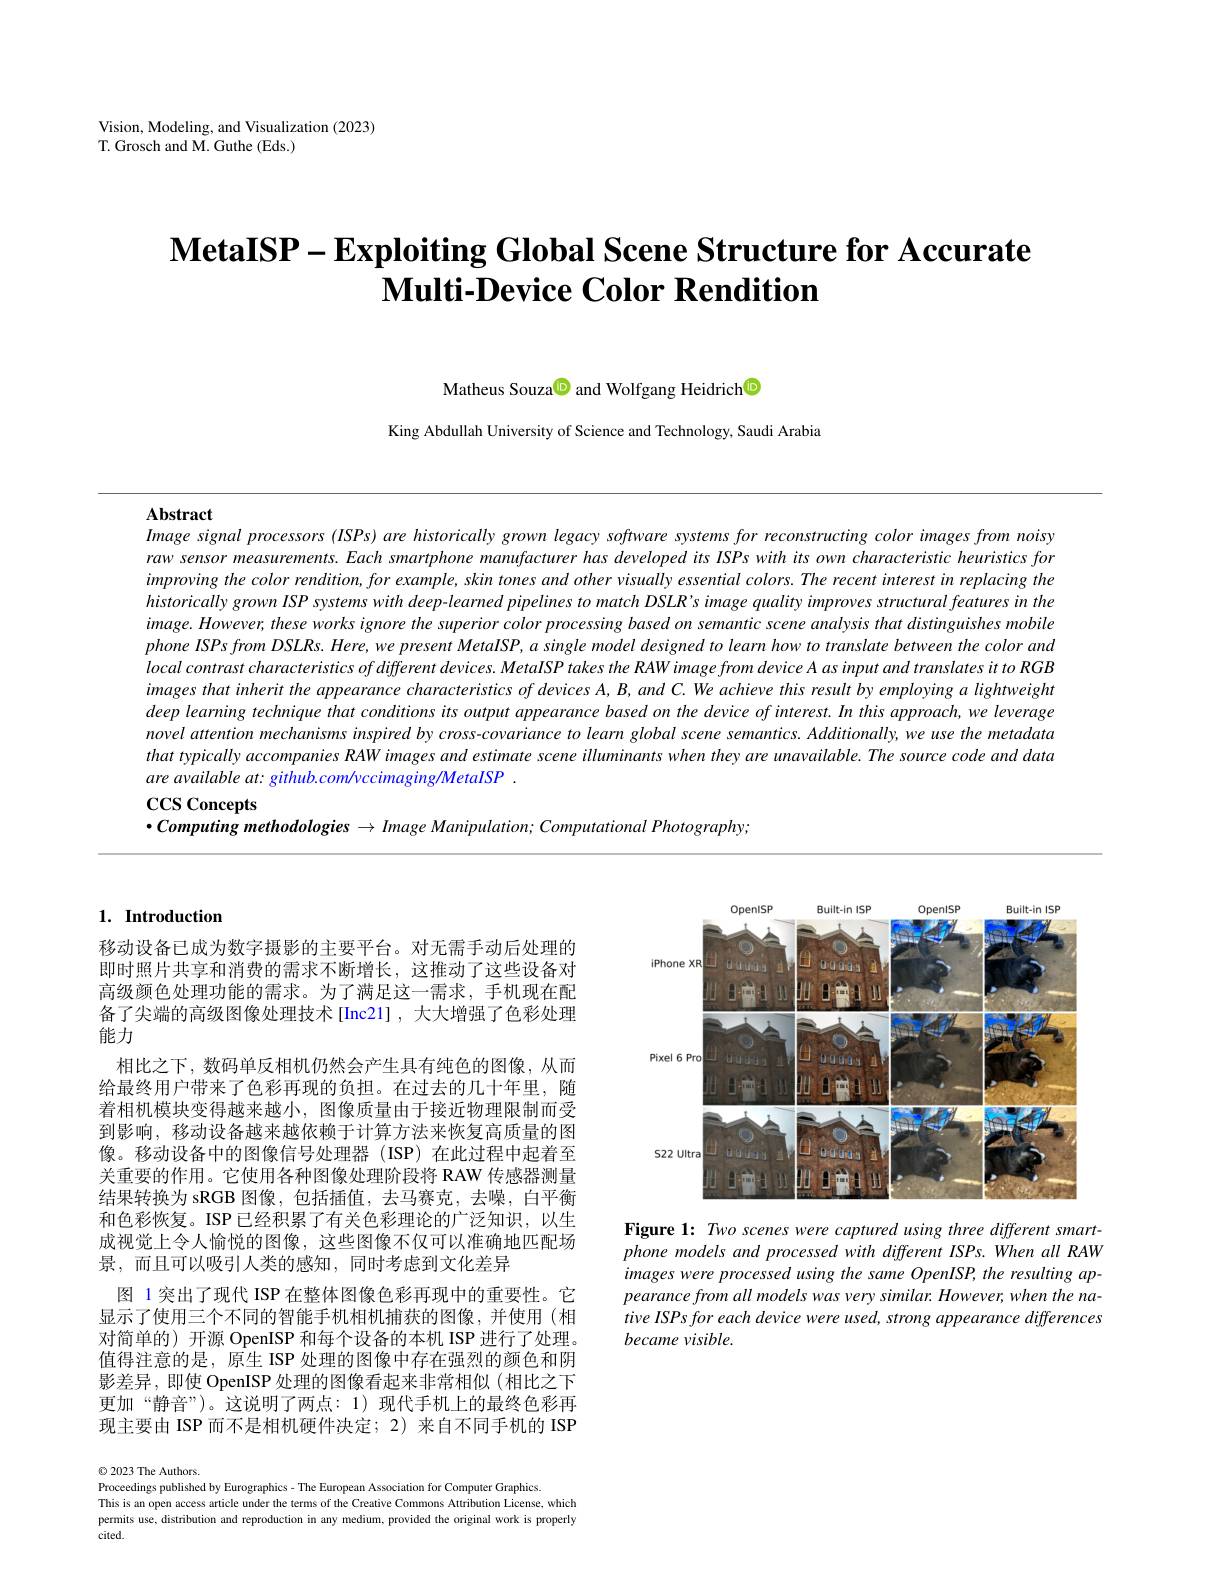
Vision, Modeling, and Visualization (2023)
T. Grosch and M. Guthe (Eds.)

# $\textbf{MetaISP- Exploiting Global Scene Structure for Accurate}$ $\textbf{Multi- Device Color Rendition}$

Matheus Souza$\textcircled{\mathrm{D}}$ and Wolfgang Heidrich$\textcircled{\mathrm{D}}$

King Abdullah University of Science and Technology, Saudi Arabia

Abstract
Image signal processors (ISPs) are historically grown legacy software systems for reconstructing color images from noisy

raw sensor measurements. Each smartphone manufacturer has developed its ISPs with its own characteristic heuristics for improving the color rendition, for example, skin tones and other visually essential colors. The recent interest in replacing the historicallygrownISP systems with deep-learned pipelines to match DSLR's image quality improves structural features in the $image.However,theseworksignorethe$ superior color processing based on semantic scene analysis that distinguishes mobile phone ISPs from DSLRs. Here, we present MetaISP, a single model designed to learn how to translate between the color and local contrast characteristics of different devices. MetaISP takes the RAW image from device A as input and translates it to RGB $imagesthatinherittheappearancecharacteristicsofdevicesA,B,andC.Weachievethisresultbyemployingalightweight$ deep learning technique that conditions its output appearance based on the device of interest. In this approach, we leverage novel attention mechanisms inspired by cross-covariance to learn global scene semantics. Additionally, we use the metadata that typically accompanies RAW images and estimate scene illuminants when they are umavailable. The source code and data are available at: github.com/vccimaging/MetaISP .
ccs concepts

$\bullet Computing$ methodologies $\to Image$ Manipulation; Computational Photography;

## 1. Introduction

移动设备已成为数字摄影的主要平台。对无需手动后处理的即时照片共享和消费的需求不断增长，这推动了这些设备对高级颜色处理功能的需求。为了满足这一需求，手机现在配备了尖端的高级图像处理技术[Inc21] ,大大增强了色彩处理能力
相比之下，数码单反相机仍然会产生具有纯色的图像，从而给最终用户带来了色彩再现的负担。在过去的几十年里，随着相机模块变得越来越小，图像质量由于接近物理限制而受到影响，移动设备越来越依赖于计算方法来恢复高质量的图像。移动设备中的图像信号处理器(ISP)在此过程中起着至关重要的作用。它使用各种图像处理阶段将 RAW 传感器测量结果转换为 sRGB 图像，包括插值，去马赛克，去噪，白平衡和色彩恢复。ISP 已经积累了有关色彩理论的广泛知识，以生成视觉上令人愉悦的图像，这些图像不仅可以准确地匹配场景，而且可以吸引人类的感知，同时考虑到文化差异
图 1突出了现代 ISP 在整体图像色彩再现中的重要性。它显示了使用三个不同的智能手机相机捕获的图像，并使用(相对简单的) 开源 OpenISP 和每个设备的本机 ISP 进行了处理。值得注意的是，原生 ISP 处理的图像中存在强烈的颜色和阴影差异，即使 OpenISP 处理的图像看起来非常相似(相比之下更加“静音”)。这说明了两点：1)现代手机上的最终色彩再现主要由 ISP 而不是相机硬件决定；2)来自不同手机的 ISP

$\textcircled{2}$023 The Authors.
Proceedings published by Eurographics- The European Association for Computer Graphics.
This is an open access article under the terms of the Creative Commons Attribution License, which permits use, distribution and reproduction in any medium, provided the original work is properly cited.

<FigureHere>

Figure 1: Two scenes were captured using three different smartphone models and processed with different ISPs. When all RAW images were processed using the same OpenISP, the resulting appearance from all models was very similar. However, when the native ISPs for each device were used, strong appearance differences became visible.